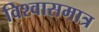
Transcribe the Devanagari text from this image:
विश्वासमात्र